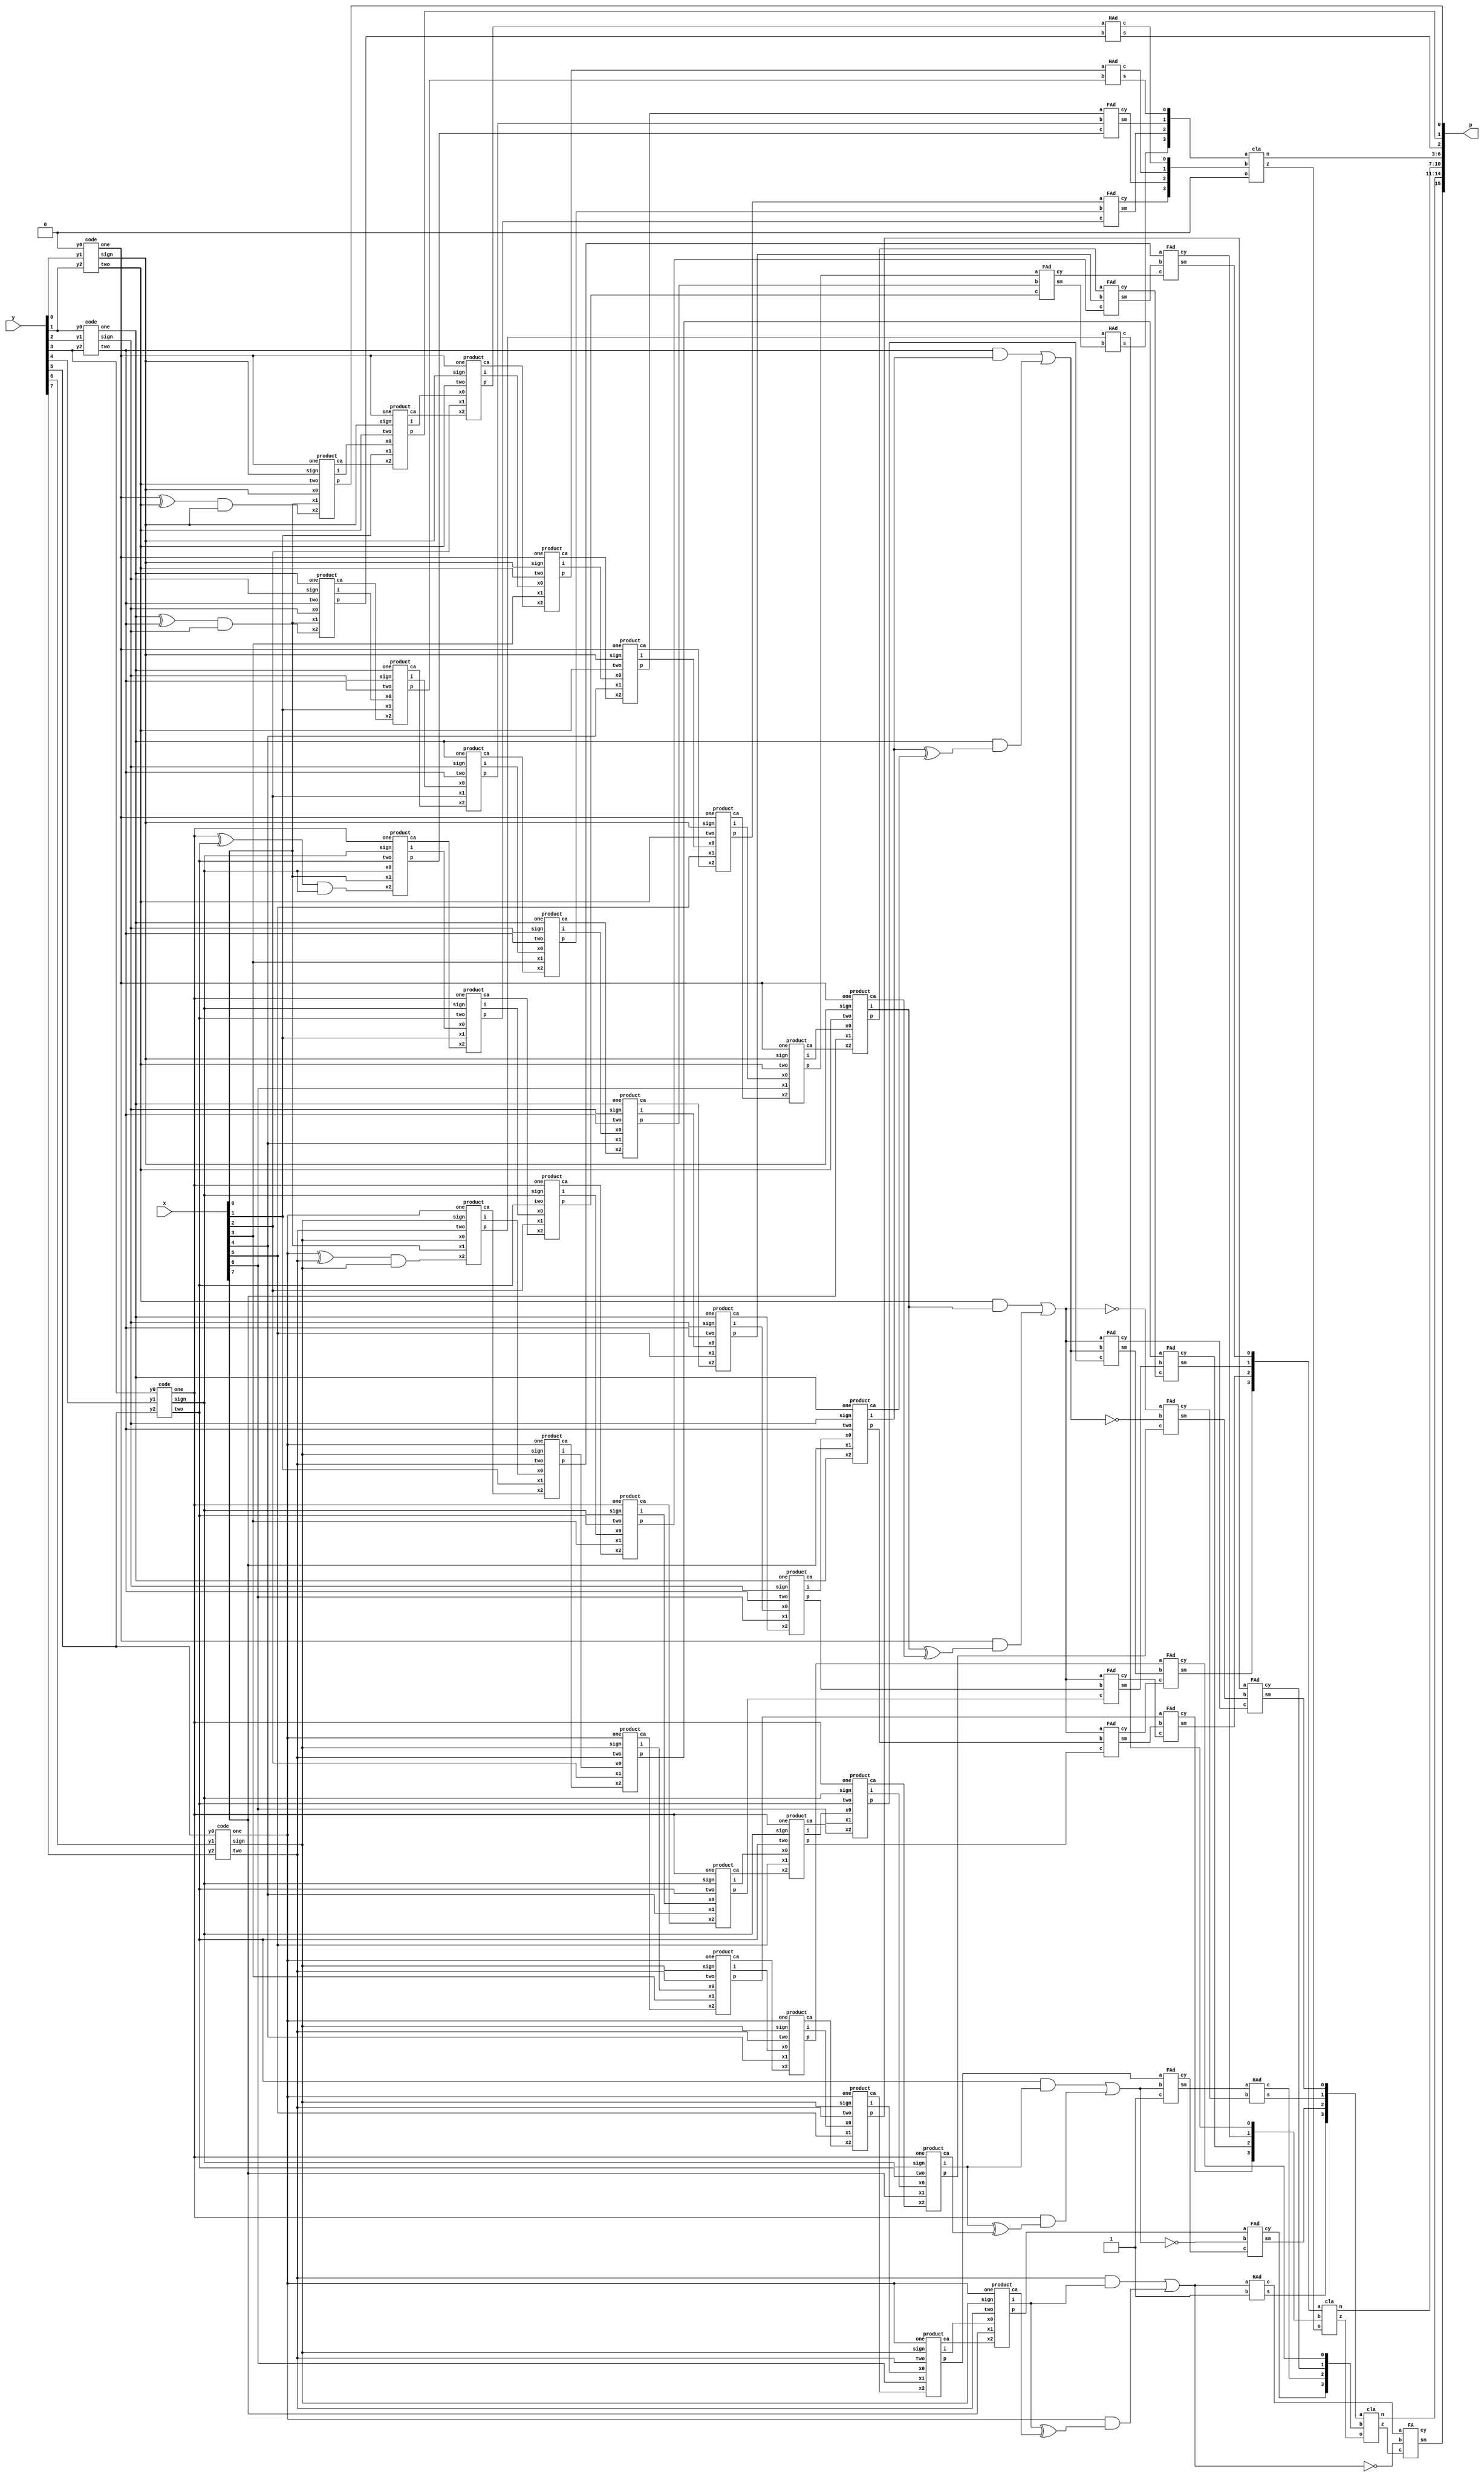
module hybrid(x,y,p);
input [7:0] x,y;
output [15:0] p;
wire [7:0] i,j,k,l,n,o,q,r;
wire [9:0] fp,sp,tp,fop;
wire [3:0] one,two,sign;
wire [6:0] c0,ip0;
wire [12:0] c1,ip1;
wire [6:0] c2;
wire [11:0] m;
wire [3:0] cry,z;
// carry generation
// 1st
xor n9(z[0],one[0],two[0]);
and n10(cry[0],z[0],sign[0]);
//2nd
xor n13(z[1],one[1],two[1]);
and n14(cry[1],z[1],sign[1]);
//3rd
xor n15(z[2],one[2],two[2]);
and n16(cry[2],z[2],sign[2]);
//4th
xor n17(z[3],one[3],two[3]);
and n18(cry[3],z[3],sign[3]);



code e1(one[0],two[0],sign[0],y[1],y[0],1'b0);
code e2(one[1],two[1],sign[1],y[3],y[2],y[1]);
code e3(one[2],two[2],sign[2],y[5],y[4],y[3]);
code e4(one[3],two[3],sign[3],y[7],y[6],y[5]);



//first product generation
product p0(x[0],sign[0],cry[0],one[0],two[0],sign[0],fp[0],i[0],n[0]);
product p1(x[1],i[0],n[0],one[0],two[0],sign[0],fp[1],i[1],n[1]);
product p2(x[2],i[1],n[1],one[0],two[0],sign[0],fp[2],i[2],n[2]);
product p3(x[3],i[2],n[2],one[0],two[0],sign[0],fp[3],i[3],n[3]);
product p4(x[4],i[3],n[3],one[0],two[0],sign[0],fp[4],i[4],n[4]);
product p5(x[5],i[4],n[4],one[0],two[0],sign[0],fp[5],i[5],n[5]);
product p6(x[6],i[5],n[5],one[0],two[0],sign[0],fp[6],i[6],n[6]);
product p7(x[7],i[6],n[6],one[0],two[0],sign[0],fp[7],i[7],n[7]);
xor x1(m[0],i[7],n[7]);
and a1(m[1],two[0],i[7]);
and a2(m[2],one[0],m[0]);
or o1(fp[8],m[1],m[2]);
not n1(fp[9],fp[8]);
assign p[0]=fp[0];


//second product generation
product q0(x[0],sign[1],cry[1],one[1],two[1],sign[1],sp[0],j[0],o[0]);
product q1(x[1],j[0],o[0],one[1],two[1],sign[1],sp[1],j[1],o[1]);
product q2(x[2],j[1],o[1],one[1],two[1],sign[1],sp[2],j[2],o[2]);
product q3(x[3],j[2],o[2],one[1],two[1],sign[1],sp[3],j[3],o[3]);
product q4(x[4],j[3],o[3],one[1],two[1],sign[1],sp[4],j[4],o[4]);
product q5(x[5],j[4],o[4],one[1],two[1],sign[1],sp[5],j[5],o[5]);
product q6(x[6],j[5],o[5],one[1],two[1],sign[1],sp[6],j[6],o[6]);
product q7(x[7],j[6],o[6],one[1],two[1],sign[1],sp[7],j[7],o[7]);
xor x2(m[3],j[7],o[7]);
and a3(m[4],two[1],j[7]);
and a4(m[5],one[1],m[3]);
or o2(sp[8],m[4],m[5]);
not n2(sp[9],sp[8]);
assign p[1]=fp[1];


//third product
product r0(x[0],sign[2],cry[2],one[2],two[2],sign[2],tp[0],k[0],q[0]);
product r1(x[1],k[0],q[0],one[2],two[2],sign[2],tp[1],k[1],q[1]);
product r2(x[2],k[1],q[1],one[2],two[2],sign[2],tp[2],k[2],q[2]);
product r3(x[3],k[2],q[2],one[2],two[2],sign[2],tp[3],k[3],q[3]);
product r4(x[4],k[3],q[3],one[2],two[2],sign[2],tp[4],k[4],q[4]);
product r5(x[5],k[4],q[4],one[2],two[2],sign[2],tp[5],k[5],q[5]);
product r6(x[6],k[5],q[5],one[2],two[2],sign[2],tp[6],k[6],q[6]);
product r7(x[7],k[6],q[6],one[2],two[2],sign[2],tp[7],k[7],q[7]);
xor x3(m[6],k[7],q[7]);
and a5(m[7],two[2],k[7]);
and a6(m[8],one[2],m[6]);
or o3(tp[8],m[7],m[8]);
not n3(tp[9],tp[8]);

//fourth product
product s0(x[0],sign[3],cry[3],one[3],two[3],sign[3],fop[0],l[0],r[0]);
product s1(x[1],l[0],r[0],one[3],two[3],sign[3],fop[1],l[1],r[1]);
product s2(x[2],l[1],r[1],one[3],two[3],sign[3],fop[2],l[2],r[2]);
product s3(x[3],l[2],r[2],one[3],two[3],sign[3],fop[3],l[3],r[3]);
product s4(x[4],l[3],r[3],one[3],two[3],sign[3],fop[4],l[4],r[4]);
product s5(x[5],l[4],r[4],one[3],two[3],sign[3],fop[5],l[5],r[5]);
product s6(x[6],l[5],r[5],one[3],two[3],sign[3],fop[6],l[6],r[6]);
product s7(x[7],l[6],r[6],one[3],two[3],sign[3],fop[7],l[7],r[7]);
xor x4(m[9],l[7],r[7]);
and a7(m[10],two[3],l[7]);
and a8(m[11],one[3],m[9]);
or o4(fop[8],m[10],m[11]);
not n4(fop[9],fop[8]);

//addition
// 1st lvl add
HAd h1(fp[2],sp[0],c1[0],ip1[0]);
HAd h30(fp[3],sp[1],c1[1],ip1[1]);
FAd h2(fp[4],sp[2],tp[0],c1[2],ip1[2]);
FAd h3(fp[5],sp[3],tp[1],c1[3],ip1[3]);
FAd h4(fp[6],sp[4],tp[2],c0[0],ip0[0]);
FAd h5(fp[7],sp[5],tp[3],c0[1],ip0[1]);
FAd h6(fp[8],sp[6],tp[4],c0[2],ip0[2]);
FAd h7(fp[8],sp[7],tp[5],c0[3],ip0[3]);
FAd h8(fp[8],sp[8],tp[6],c0[4],ip0[4]);
FAd h9(fp[9],sp[9],tp[7],c0[5],ip0[5]);
FAd h10(fop[6],tp[8],1'b1,c0[6],ip0[6]);
assign p[2]=ip1[0];

// 2nd lvl add
HAd h11(fop[0],ip0[0],c1[4],ip1[4]);
FAd h12(fop[1],ip0[1],c0[0],c1[5],ip1[5]);
FAd h13(fop[2],ip0[2],c0[1],c1[6],ip1[6]);
FAd h14(fop[3],ip0[3],c0[2],c1[7],ip1[7]);
FAd h15(fop[4],ip0[4],c0[3],c1[8],ip1[8]);
FAd h16(fop[5],ip0[5],c0[4],c1[9],ip1[9]);
HAd h17(ip0[6],c0[5],c1[10],ip1[10]);
FAd h18(fop[7],tp[9],c0[6],c1[11],ip1[11]);
HAd h19(fop[8],1'b1,c1[12],ip1[12]);

//3th add
cla cla1(p[6:3],c2[0],1'b0,ip1[4:1],c1[3:0]);
cla cla2(p[10:7],c2[1],c2[0],ip1[8:5],c1[7:4]);
cla cla3(p[14:11],c2[2],c2[1],ip1[12:9],c1[11:8]);

FA sa16(c1[12],fop[9],c2[2],c2[3],p[15]);
endmodule



// generation of codes

module code(one,two,sign,y2,y1,y0);
input y2,y1,y0;
output one,two,sign;
wire [1:0]k;
xor x1(one,y0,y1);
xor x2(k[1],y2,y1);
not n1(k[0],one);
and a1(two,k[0],k[1]);
assign sign=y2;
endmodule



//generation of inner products

module product(x1,x0,x2,one,two,sign,p,i,ca);
input x1,x0,x2,sign,one,two;
output p,i,ca;
wire [2:0] k;
xor xo1(i,x1,sign);
and a1(k[1],i,one);
and a0(k[0],x0,two);
or o0(k[2],k[1],k[0]);
xor xo2(p,k[2],x2);
and a2(ca,k[2],x2);
endmodule



//adders design
module HAd(a,b,c,s);
input a,b;
output c,s;
xor x1(s,a,b);
and a1(c,a,b);
endmodule

module FAd(a,b,c,cy,sm);
input a,b,c;
output cy,sm;
wire x,y;
xor x1(x,a,b);
xnor x2(y,a,b);
MUX m1(x,y,c,sm);
MUX m2(a,c,x,cy);
endmodule

module MUX(i0,i1,s,o);
input i0,i1,s;
output o;
wire t,p,q;
and a1(t,s,i1);
not n0(p,s);
and a2(q,p,i0);
or a3(o,t,q);
endmodule

module FA(a,b,c,cy,sm);
input a,b,c;
output cy,sm;
wire x,y,z;
xor x1(x,a,b);
xor x2(sm,x,c);
and a1(y,a,b);
and a2(z,x,c);
or o1(cy,y,z);
endmodule



module cla(n,z,o,a,b);
input [3:0] a,b;
input o;
wire [3:0] p,g,c;
wire [9:0]m;
output [3:0]n;
output z;
xor (p[0],a[0],b[0]);
and (g[0],a[0],b[0]);
xor (p[1],a[1],b[1]);
and (g[1],a[1],b[1]);
xor (p[2],a[2],b[2]);
and (g[2],a[2],b[2]);
xor (p[3],a[3],b[3]);
and (g[3],a[3],b[3]);

and (m[0],o,p[0]);
or (c[0],m[0],g[0]);
and (m[1],g[0],p[1]);
and (m[2],o,p[0],p[1]);
or (c[1],g[1],m[1],m[2]);
and (m[3],g[1],p[2]);
and (m[4],g[0],p[1],p[2]);
and (m[5],o,p[1],p[2],p[0]);
or (c[2],g[2],m[3],m[4],m[5]);
and (m[6],g[2],p[3]);
and (m[7],g[1],p[2],p[3]);
and (m[8],g[0],p[1],p[2],p[3]);
and (m[9],o,p[0],p[1],p[2],p[3]);
or (c[3],g[3],m[6],m[7],m[8],m[9]);
xor (n[0],p[0],o);
xor (n[1],p[1],c[0]);
xor (n[2],p[2],c[1]);
xor (n[3],p[3],c[2]);
assign z=c[3];
endmodule